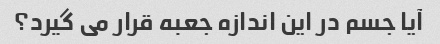
آیا جسم در این اندازه جعبه قرار می گیرد؟